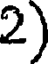
2)